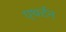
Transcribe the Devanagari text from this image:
एथर्टन